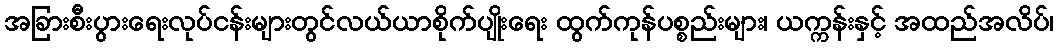
အခြားစီးပွားရေးလုပ်ငန်းများတွင်လယ်ယာစိုက်ပျိုးရေး ထွက်ကုန်ပစ္စည်းများ၊ ယက္ကန်းနှင့် အထည်အလိပ်၊